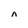
Character: n